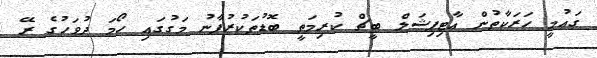
ގައުމީ ހަރަކާތުން އާޓިފިޝަލް ބީޗް ކުރިމަތީ ބޮޑުތަކުރުފާނު މަގުގައި ހޯމަ ދުވަހުގެ ރޭ